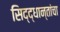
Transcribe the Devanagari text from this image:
सिद्द्धान्तांचा